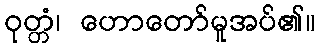
ဝုတ္တံ၊ ဟောတော်မူအပ်၏။